Punjab Mental Hospital Lahore 1922-31 - 1922-1931
Year: 1922
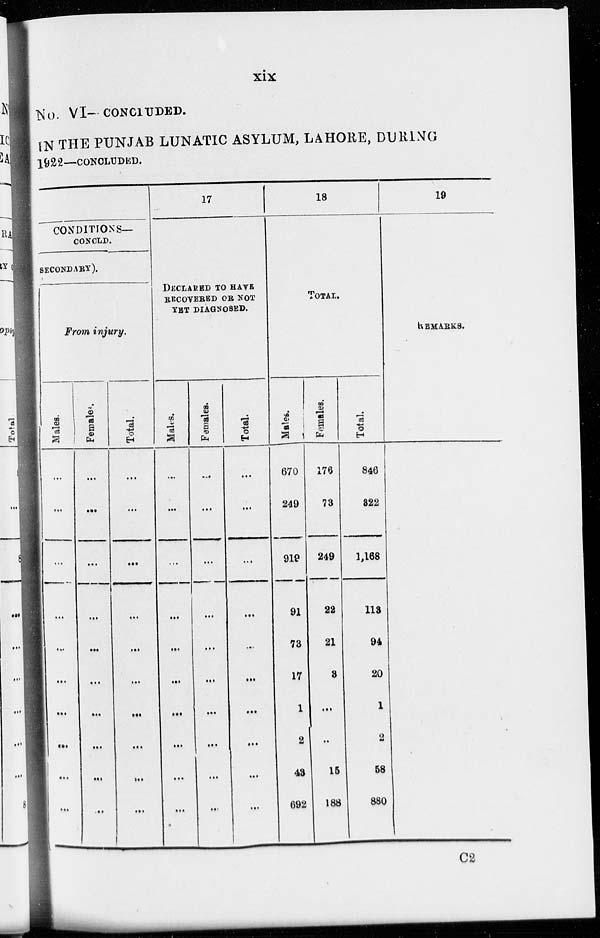
xix
No. VI–– CONCLUDED.
IN THE PUNJAB LUNATIC ASYLUM, LAHORE, DURING
1922—CONCLUDED.
CONDITIONS—
CONCLD.
SECONDARY).
From injury.
Males.
...
...
...
...
...
...
...
...
...
...
Females.
...
...
...
...
...
...
...
...
...
...
Total.
...
...
...
...
...
...
...
...
...
...
17
DECLARED TO HAVE
RECOVERED OR NOT
YET DIAGNOSED.
Males.
...
...
...
...
...
...
...
...
...
...
Females.
...
...
...
...
...
...
...
...
...
...
Total.
...
...
...
...
...
...
...
...
...
...
18
TOTAL.
Males.
670
249
919
91
73
17
1
2
43
692
Females.
176
73
249
22
21
3
...
..
15
188
Total.
846
322
1,168
113
94
20
1
2
58
880
19
REMARKS.
C2